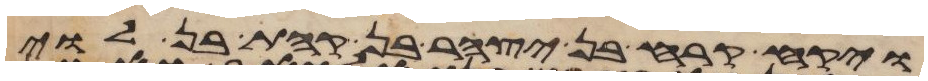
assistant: ויקח קרח בן יצהר בן קהת בן לוי